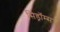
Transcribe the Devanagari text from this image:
सिड्रॉम्स